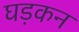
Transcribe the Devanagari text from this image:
घड़कन